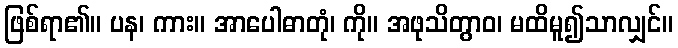
ဖြစ်ရာ၏။ ပန၊ ကား။ အာပေါဓာတုံ၊ ကို။ အဖုသိတွာဝ၊ မထိမူ၍သာလျှင်။